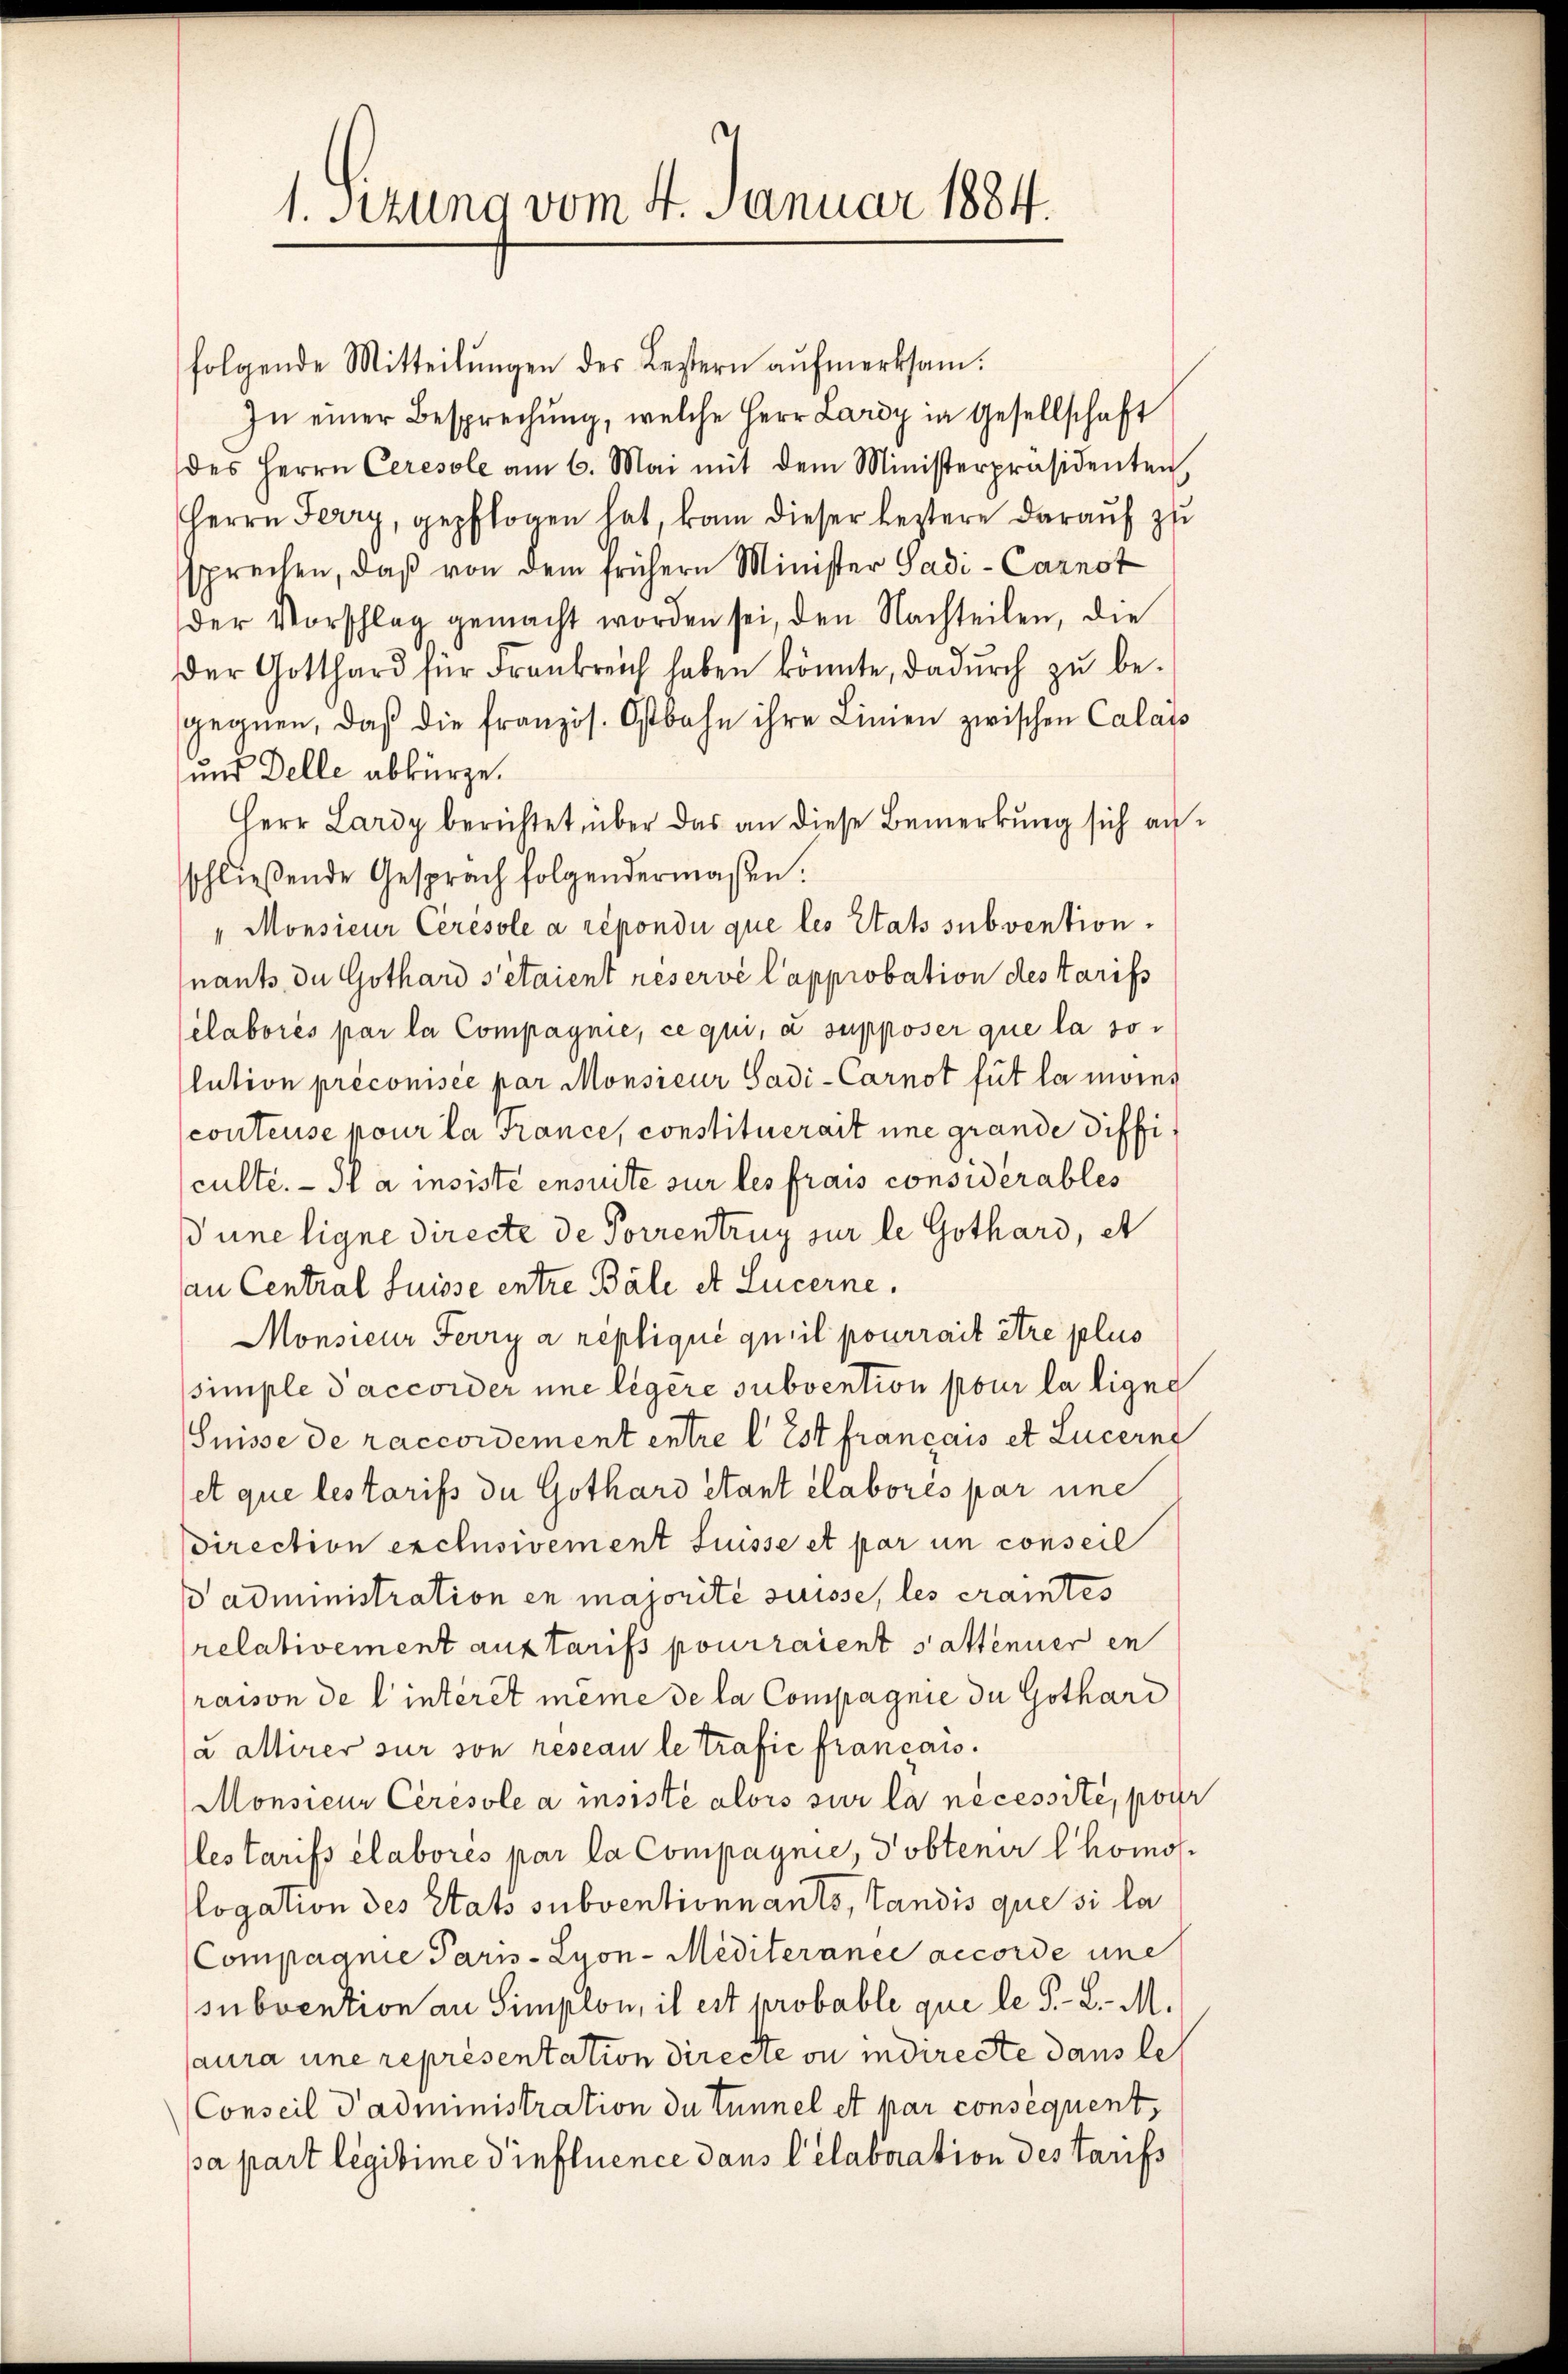
1. Setzung vom 4. Januar 1884.

folgende Mitteilŭngen des Bestern aŭfmerksam.
In einer Besprechung, welche Herr Lardy in Gesellschaft
des Herrn Ceresole am 6. Mai mit dem Ministerpräsidenten,
Herrn Ferry, gepflogen hat, kam dieser leztere daraŭf zŭ
sprechen, daß von dem frühern Minister Sadi-Carnot
der Vorschlag gemacht worden sei, den Nachteilen, die
der Gotthard für Frankreich haben könnte, dadŭrch zŭ be-
gegnen, daβ die französ. Ostbahn ihre Linien zwischen Calais
und Delle abkürze.
Herr Lardy berichtet über das an diese Bemerkung sich anschließende Gespräch folgendermaßen.
" Monsieur Cerésole a répondi que les Etats subvention.
nants du Gothard s’étaient réservé l’approbation des tarifs
elaborés par la Compagnie, ce qui, a supposer que la so
lution préconisce par Monsieur Sadi-Carnot fut la moins
conteuse pour la France, constituerait eine grande Difficulté. — Il a insiste ensuite sur les frais considérables
dune ligne directe de Porrentrug sur le Gothard, et
an Central Suisse entre Bäle et Lucerne.
Monsieur Ferry a replique qu’il pourrait être plus
simple d accorder une legere subvention pour la ligne
Suisse de raccordement entre l. Est français et Luzern
fet que les tarifs du Gothard étant élaborés par une
direction exclusivement Suisse et par un conseil
d administration en majorité suisse, les cramtes
relativement aus tarifs pourraient sattenuer in
raison de l’interet même de la Compagnie de Gothard
a allirer sur son reseau le trafie français.
Monsieur Cerésole a insisté alors sur la nécessité, pour
les tarifs élaborés par la Compagnie, Tobtenir l’homos
logation des Etats subventionnants, Landis que si la
Compagnie Paris - Lyon-Mediterance accorde une
subvention an Simplon, il est probable que le P.-R. M.
aura une représentation directe ou indirecte dans le
Conseil dadministration du tunnel et par conséquent,
pa part légitime diefluence dans l’elaboration des Tarifs